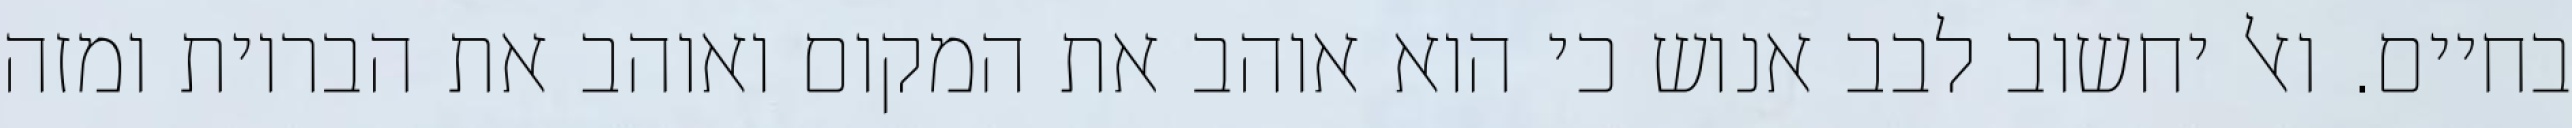
בחיים. ואל יחשוב לבב אנוש כי הוא אוהב את המקום ואוהב את הבריות ומזה